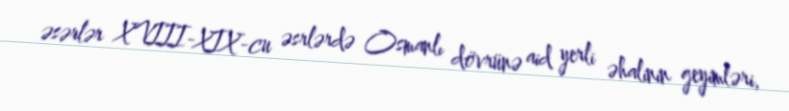
əsərlər XVIII-XIX-cu əsrlərdə Osmanlı dövrünə aid yerli əhalinin geyimləri,